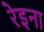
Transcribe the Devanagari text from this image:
रेइना